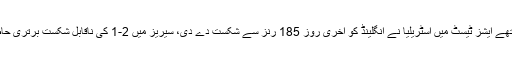
تفصیلات کے مطابق مانچسٹر کے اولڈ ٹریفورڈ اسٹیڈیم میں کھیلے گئے چوتھے ایشز ٹیسٹ میں آسٹریلیا نے انگلینڈ کو آخری روز 185 رنز سے شکست دے دی، سیریز میں 2-1 کی ناقابل شکست برتری حاصل ہونے کی وجہ سے کینگروز کا ایشز ٹرافی پر قبضہ بھی پکا ہوگیا ہے۔